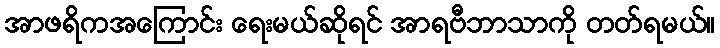
အာဖရိကအကြောင်း ရေးမယ်ဆိုရင် အာရဗီဘာသာကို တတ်ရမယ်။